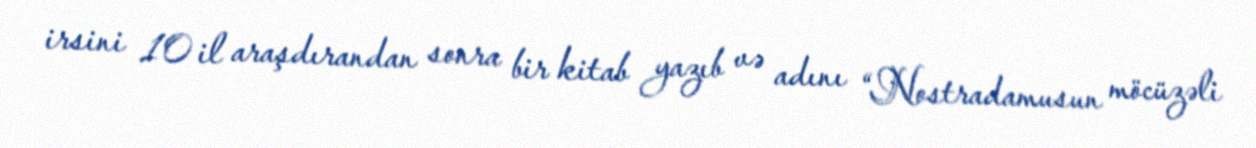
irsini 10 il araşdırandan sonra bir kitab yazıb və adını “Nostradamusun möcüzəli